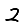
Digit: 2